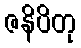
ဇနိပိတု